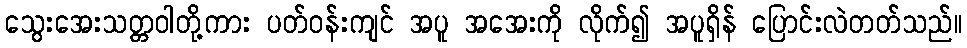
သွေးအေးသတ္တဝါတို့ကား ပတ်ဝန်းကျင် အပူ အအေးကို လိုက်၍ အပူရှိန် ပြောင်းလဲတတ်သည်။